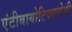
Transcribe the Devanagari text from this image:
एंटीबायोटिक्ससेमी